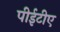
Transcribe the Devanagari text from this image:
पीईटीए